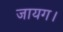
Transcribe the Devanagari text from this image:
जायग।